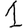
Digit: 1